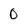
Character: 0